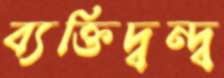
ব্যক্তিদ্বন্দ্ব